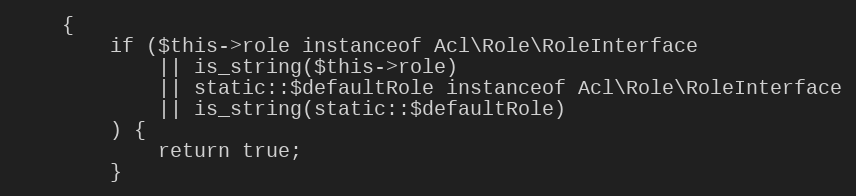
Language: PHP
    {
        if ($this->role instanceof Acl\Role\RoleInterface
            || is_string($this->role)
            || static::$defaultRole instanceof Acl\Role\RoleInterface
            || is_string(static::$defaultRole)
        ) {
            return true;
        }